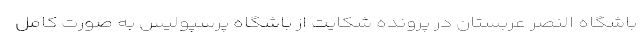
باشگاه النصر عربستان در پرونده شکایت از باشگاه پرسپولیس به صورت کامل